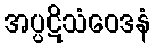
အပ္ပဋိသံဝေဒနံ